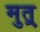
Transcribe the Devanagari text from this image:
मुत्र्